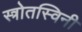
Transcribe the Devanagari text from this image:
स्त्रोतस्विनी